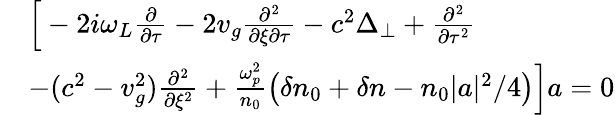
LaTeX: \begin{array}{rl}&{\Big[-2i\omega_{L}\frac{\partial}{\partial\tau}-2v_{g}\frac{\partial^{2}}{\partial\xi\partial\tau}-c^{2}\Delta_{\perp}+\frac{\partial^{2}}{\partial\tau^{2}}}\\ &{-(c^{2}-v_{g}^{2})\frac{\partial^{2}}{\partial\xi^{2}}+\frac{\omega_{p}^{2}}{n_{0}}\left(\delta n_{0}+\delta n-n_{0}|a|^{2}/4\right)\Big]a=0}\end{array}